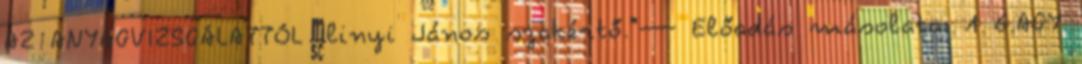
AZ ANYAGVIZSGÁLATTÓL Ilinyi János szakértő."— Előadás másolata: 1 6.AGY